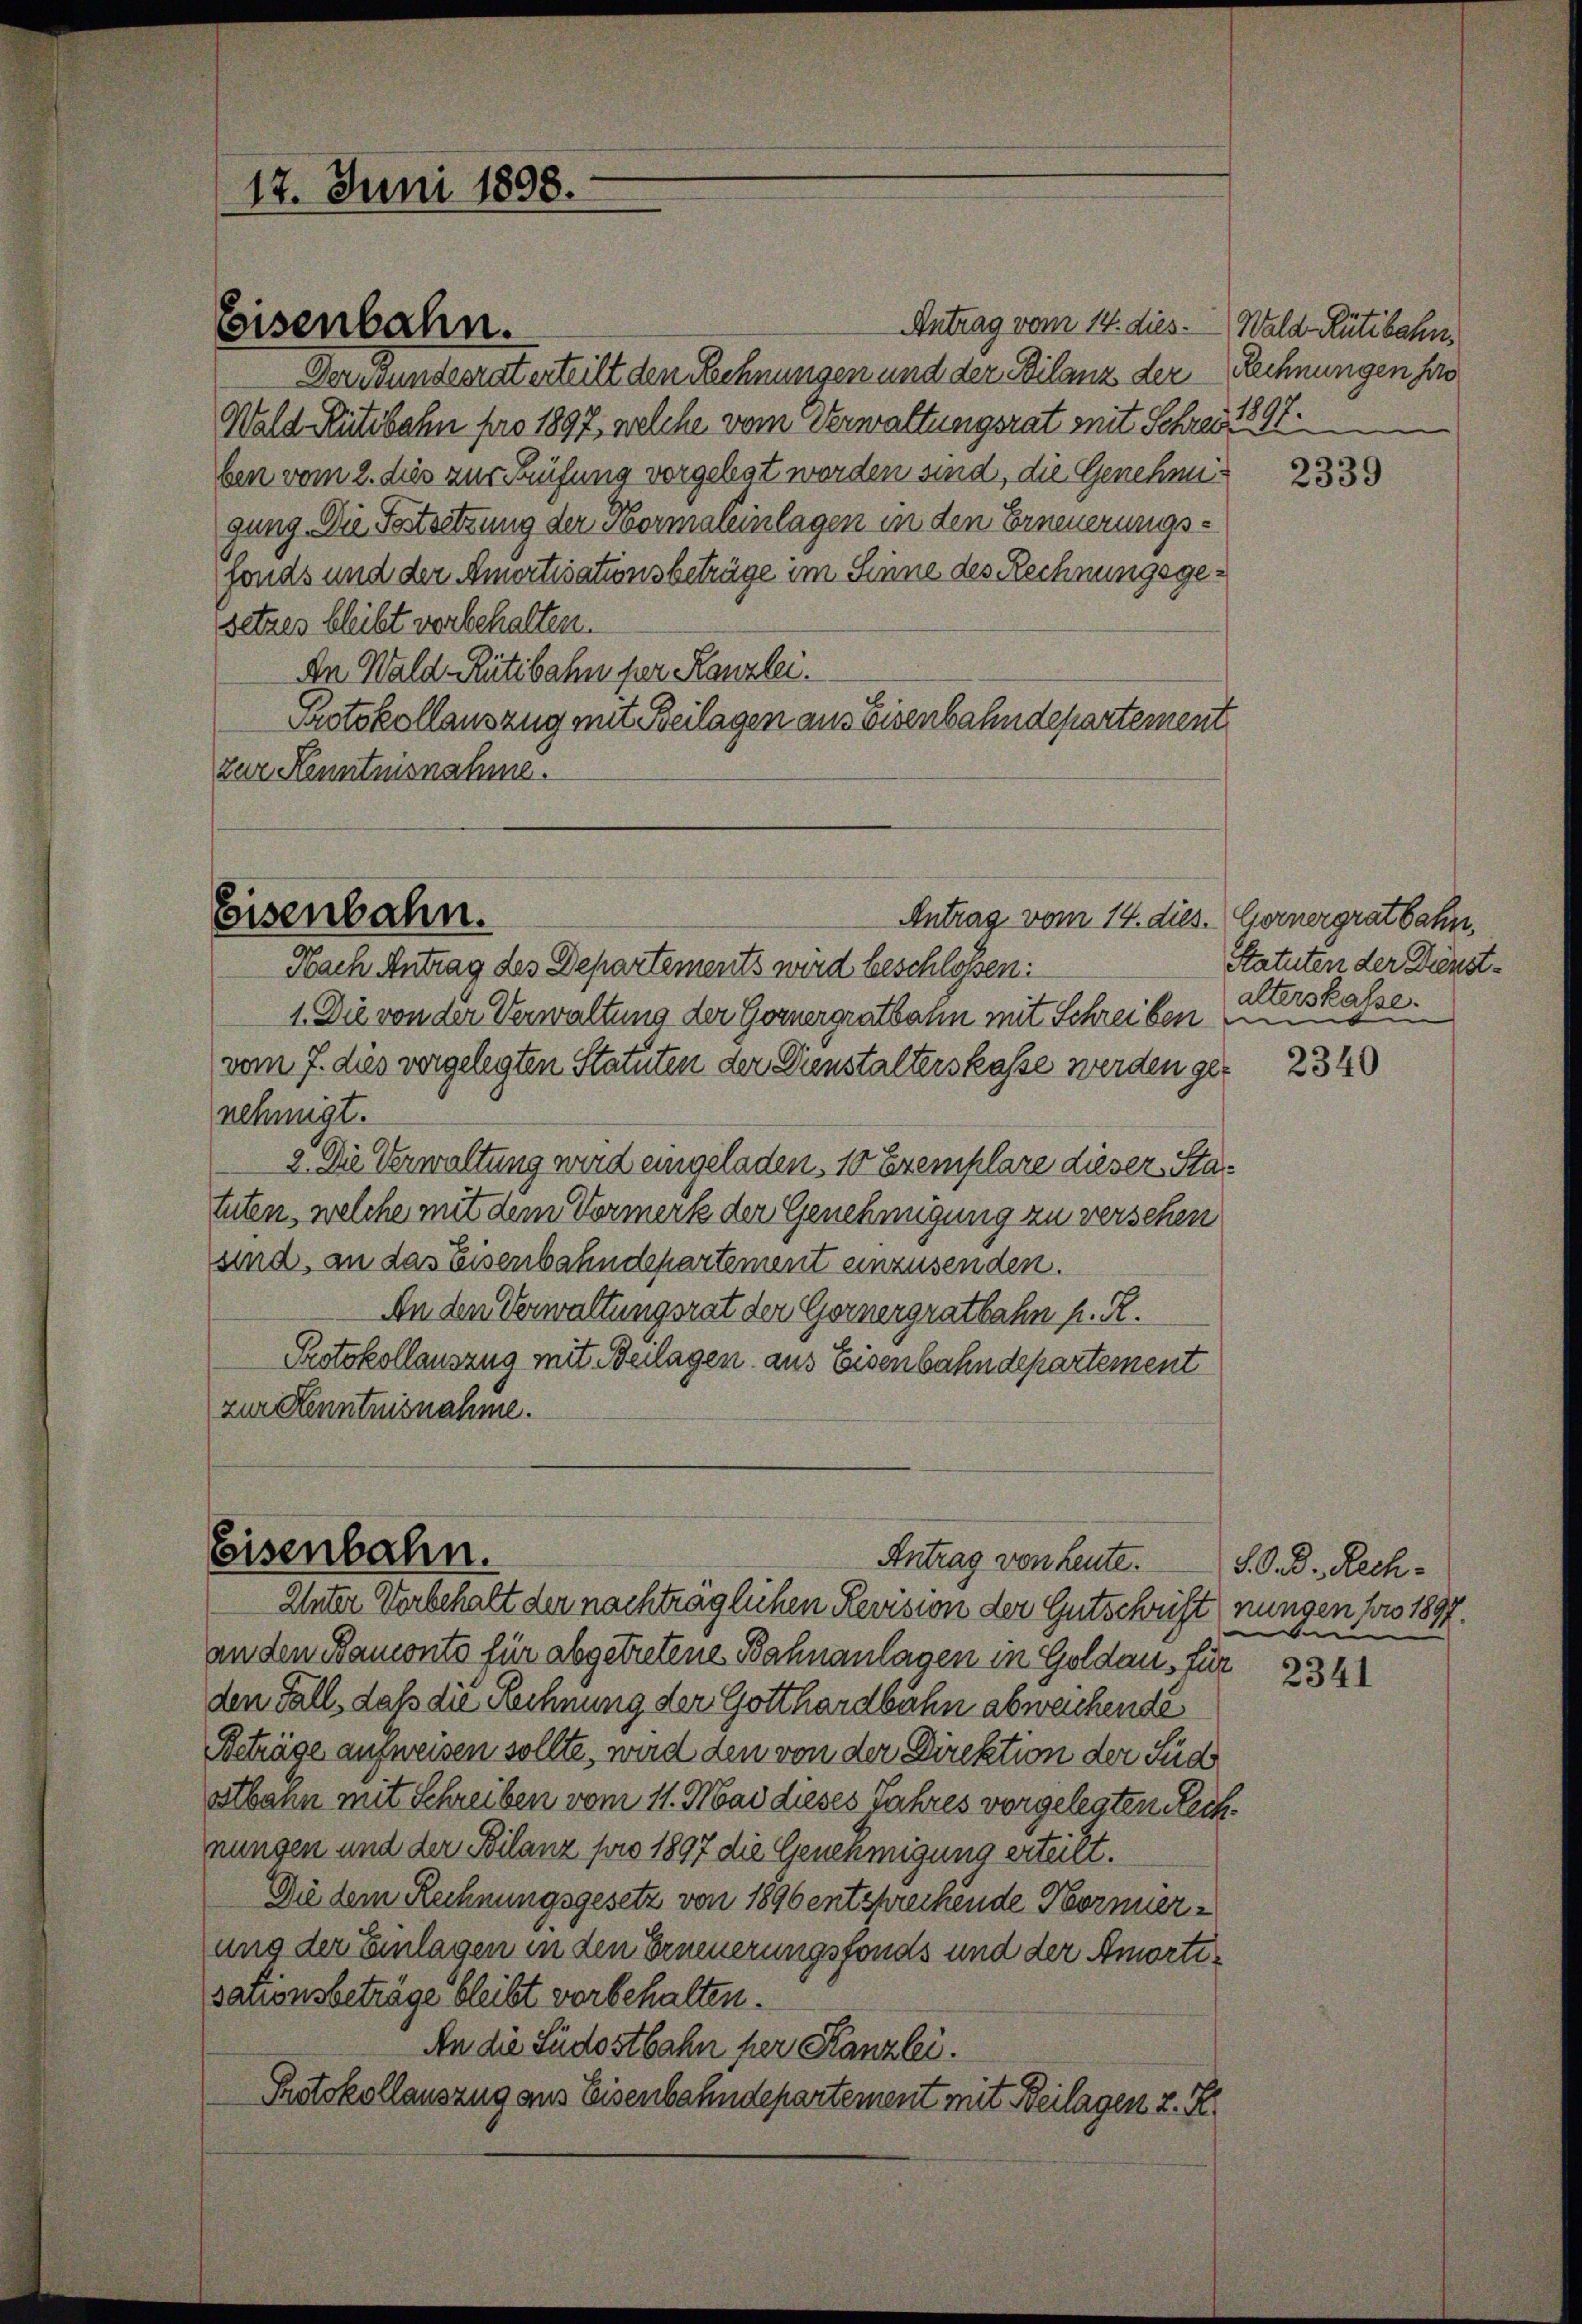
17. Juni 1898.

Eisenbahn.

Antrag vom 14. dies. Wald Rütibahn,
Derwundesrat erteilt den Rechnungen und der Bilanz der Rechnungen ha
Wald Rütibahn pro 1897, welche vom Verwaltungsrat mit Schrei 1897.
ben vom 2. dies zur Prüfung vorgelegt worden sind, die Genehmigung. Die Festsetzung der Hormaleinlagen in den Erneuerungsfonds und der Amortisationsbeträge im Sinne des Rechnungsgesetzes bleibt vorbehalten.
An Wald Rütibahn der Kanzlei.
Protokollauszug mit Beilagen aus Eisenbahndepartement
zur Kenntnisnahme.

Antrag vom 14. dies. Gernergratbahn,
Nach Antrag des Departements wird beschlossen:
1. Die von der Verwaltung der Gornergratbann mit Schreiben ein
vom 7. dies vorgelegten Statuten der Dienstalterskasse werden genehmigt.
2. Die Verwaltung wird eingeladen, 10 Exemplare dieser Statuten, welche mit dem Vormerk der Genehmigung zu versehen
sind, an das Eisenbahndepartement einzusenden.
An den Verwaltungsrat der Gernergratbahn h. R.
Protokollauszug mit Beilagen aus Eisenbahndepartement
zur Kenntnisnahme.

Eisenbahn.

an den Banconto für abgetretene Bahnanlagen in Goldau, für
den Fall, daß die Rechnung der Gotthardbahn abweichende
Beträge anzweisen sollte, wird den von der Direktion der Süd
Stbann mit Schreiben vom 11. Mai dieses Jahres vorgelegten Recknungen und der Bilanz pro 1897 die Genehmigung erteilt.
Die dem Rechnungsgesetz von 1896 entsprechende Hornerung der Einlagen in den Erneuerungsfonds und der Amortisationsbeträge bleibt vorbehalten.
An die Südostbahn per Kanzlei.
Protokollauszug aus Eisenbahndepartement mit Beilagen z. S.

Eisenbahn.
Antrag von heute.
Unter Vorbehalt der nachträglichen Revision der Gutschrift

2339

Statuten der Dienstalterskasse.

2340

S. O. D. Rechnungen pro 1897.
e

2341